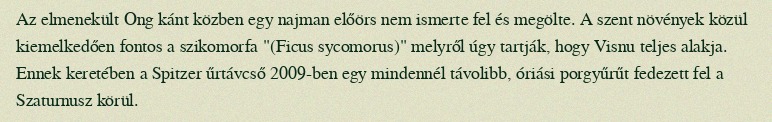
Az elmenekült Ong kánt közben egy najman előörs nem ismerte fel és megölte. A szent növények közül kiemelkedően fontos a szikomorfa "(Ficus sycomorus)" melyről úgy tartják, hogy Visnu teljes alakja. Ennek keretében a Spitzer űrtávcső 2009-ben egy mindennél távolibb, óriási porgyűrűt fedezett fel a Szaturnusz körül.